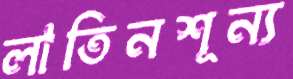
লাতিনশূন্য